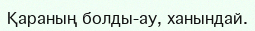
Қараның болды-ау, ханындай.